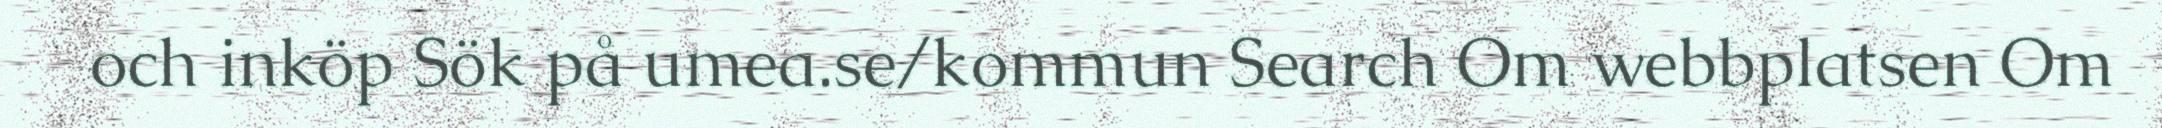
och inköp Sök på umea.se/kommun Search Om webbplatsen Om